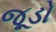
જૂડો